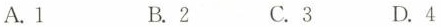
A.1 B.2 C.3 D.4